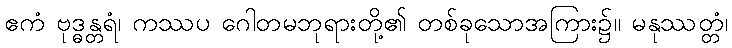
ဧကံ ဗုဒ္ဓန္တရံ၊ ကဿပ ဂေါတမဘုရားတို့၏ တစ်ခုသောအကြား၌။ မနုဿတ္တံ၊